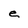
Character: e